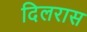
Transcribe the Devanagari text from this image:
दिलरास